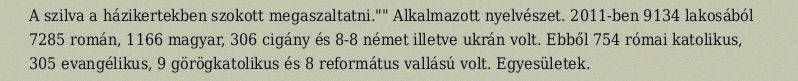
A szilva a házikertekben szokott megaszaltatni."" Alkalmazott nyelvészet. 2011-ben 9134 lakosából 7285 román, 1166 magyar, 306 cigány és 8-8 német illetve ukrán volt. Ebből 754 római katolikus, 305 evangélikus, 9 görögkatolikus és 8 református vallású volt. Egyesületek.